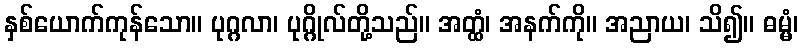
နှစ်ယောက်ကုန်သော။ ပုဂ္ဂလာ၊ ပုဂ္ဂိုလ်တို့သည်။ အတ္ထံ၊ အနက်ကို။ အညာယ၊ သိ၍။ ဓမ္မံ၊